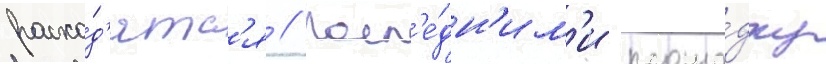
расхо́д'ятс'я // Посл'е́дн'им'и площа́дку